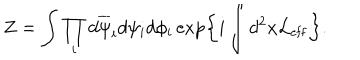
Z = \int \prod _ { i } d \overline { { { \psi } } } _ { i } d \psi _ { i } d \phi _ { i } \exp \left\{ i \int d ^ { 2 } x { \cal L } _ { \mathrm { e f f } } \right\} .